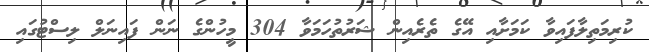
ކުރިމަތިލާފައިވާ ކަމަށާއި އޭގެ ތެރެއިން ޝަރުތުހަމަވާ 304 މީހުންގެ ނަން ފައިނަލް ލިސްޓުގައި